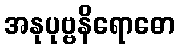
အနုပုဗ္ဗနိရောဓော